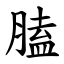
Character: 䐦